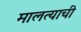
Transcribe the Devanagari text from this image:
मालत्याची